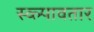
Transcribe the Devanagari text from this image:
स्व्ल्पावतार